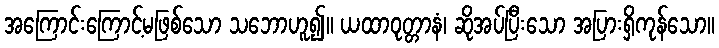
အကြောင်းကြောင့်မဖြစ်သော သဘောဟူ၍။ ယထာဝုတ္တာနံ၊ ဆိုအပ်ပြီးသော အပြားရှိကုန်သော။